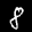
Label: 8